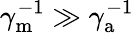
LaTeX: \gamma_{\mathrm{m}}^{-1}\gg\gamma_{\mathrm{a}}^{-1}